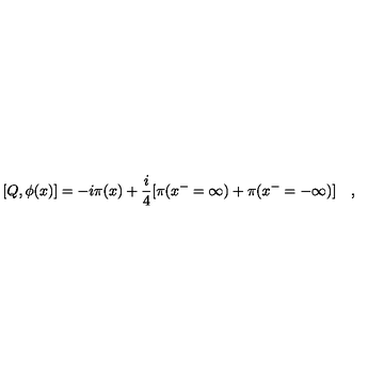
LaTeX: [ Q , \phi ( x ) ] = - i \pi ( x ) + \frac { i } { 4 } [ \pi ( x ^ { - } = \infty ) + \pi ( x ^ { - } = - \infty ) ] \quad ,